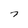
Character: 7